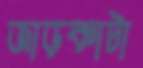
জাড়কাটা